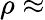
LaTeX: \rho\approx